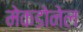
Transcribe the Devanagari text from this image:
मेकडोनेल